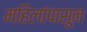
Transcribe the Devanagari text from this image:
महिलांपासून